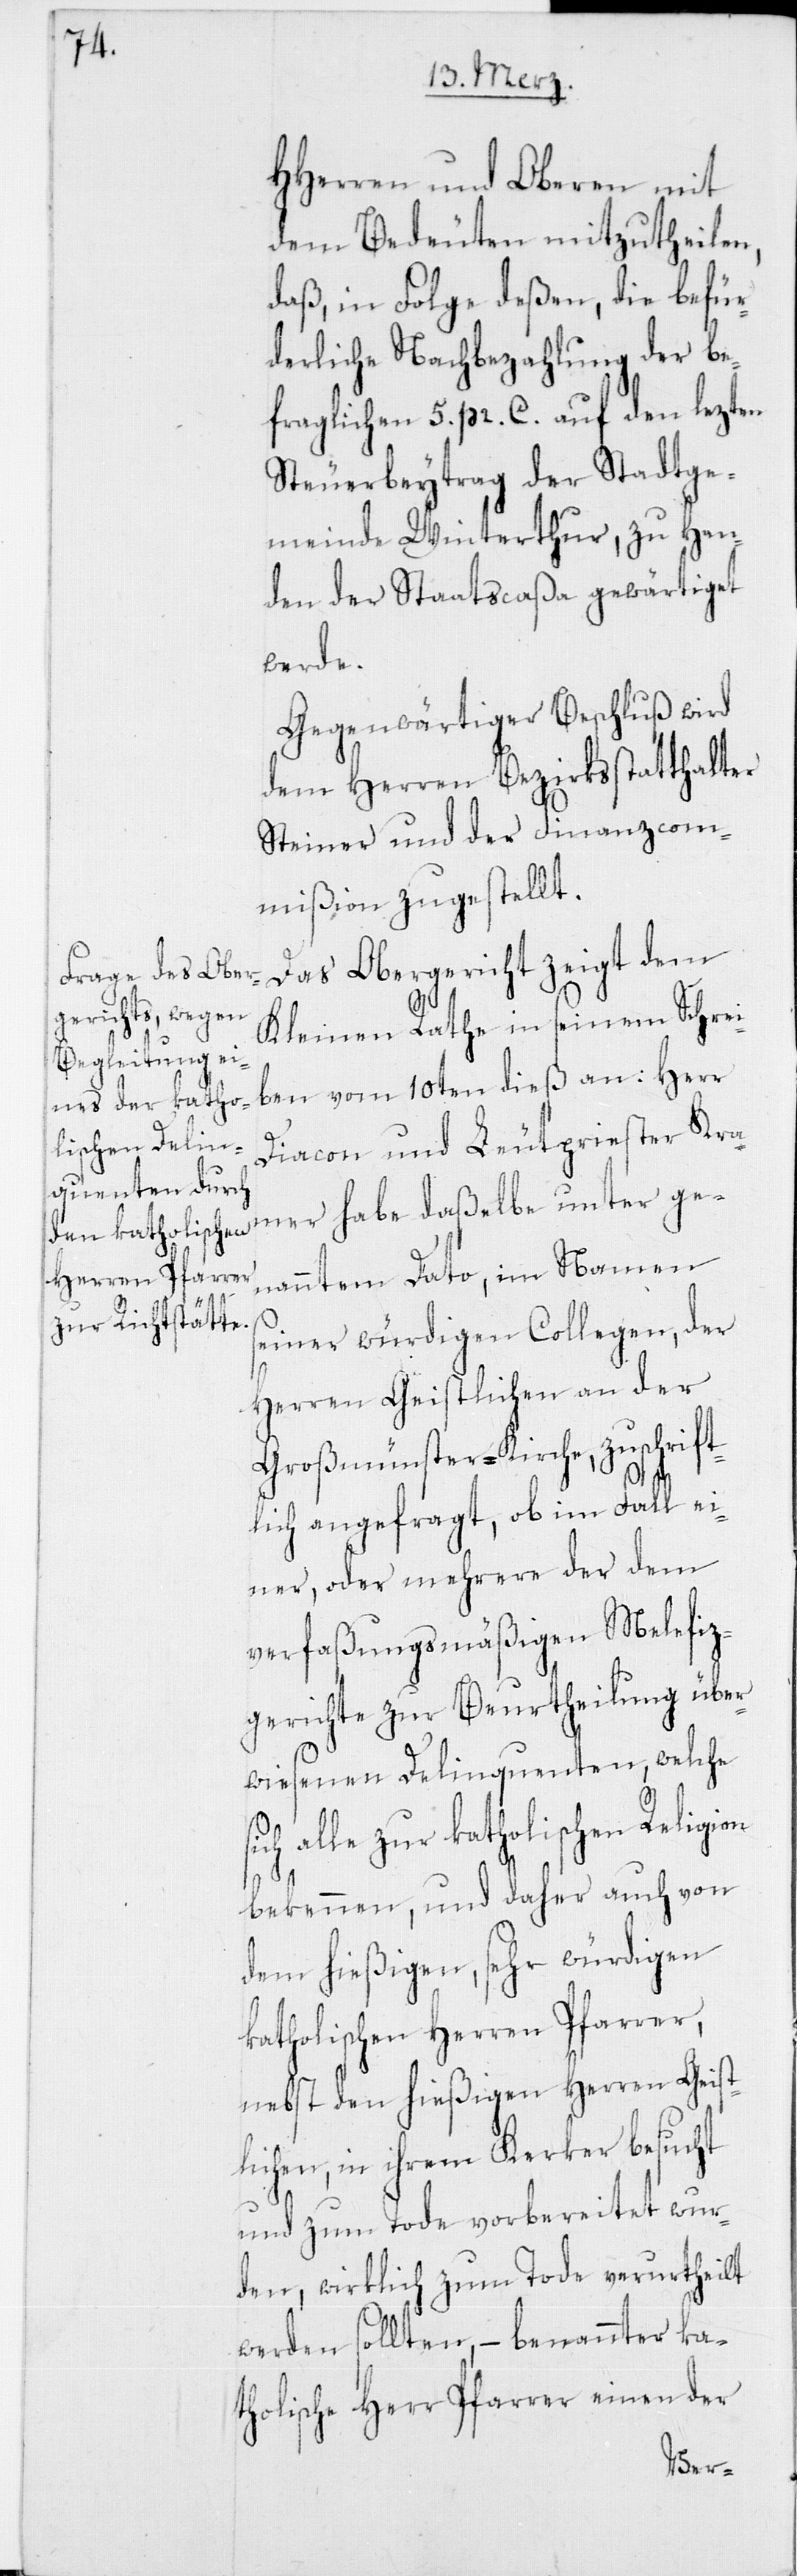
HHerren und Oberen mit
dem Bedeuten mitzutheilen,
daß, in Folge deßen, die befür¬
derliche Nachbezahlung der be¬
fraglichen 5. pr. C. auf den lezten
Steuerbeytrag der Stadtge¬
meinde Winterthur, zu Han¬
den der Staatscaßa gewärtiget
werde.
Gegenwärtiger Beschluß wird
dem Herren Bezirksstatthalter
Steiner und der Finanzcom¬
mißion zugestellt.
Das Obergericht zeigt dem
Kleinen Rathe in seinem Schrei¬
ben vom 10ten dieß an: Herr
Diacon und Leutpriester Kra¬
mer habe daßelbe unter ge¬
nanntem Dato, im Namen
seiner würdigen Collegen, der
Herren Geistlichen an der
Großmünster-Kirche, zuschrift¬
s¬
lich angefragt, ob im Fall ei¬
ner, oder mehrere der dem
verfaßungsmäßigen Malefiz¬
gerichte zur Beurtheilung über¬
wiesenen Delinquenten, welche
ich alle zur katholischen Religion
bekennen, und daher auch von
dem hießigen, sehr würdigen
katholischen Herren Pfarrer,
nebst den hießigen Herren Geist¬
lichen, in ihrem Kerker besucht
und zum Tode vorbereitet wur¬
den, wirklich zum Tode verurtheilt
werden sollten, – benannter ka¬
tholischer Herr Pfarrer einen der